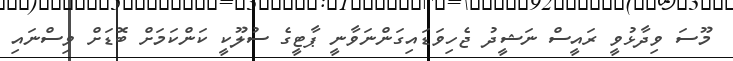
މޫސަ ވިދާޅުވީ ރައީސް ނަޝީދު ޖެހިވަޑައިގަންނަވާނީ ޕާޓީގެ ސުލޫކީ ކަންކަމަށް ބޮޑަށް ވިސްނައި